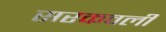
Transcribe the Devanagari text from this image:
सरकवली